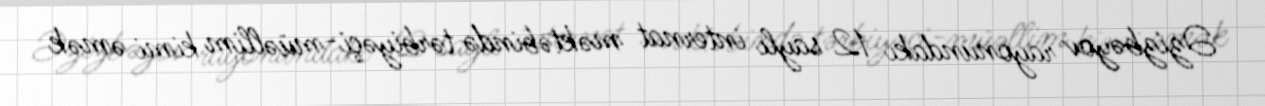
Əzizbəyov rayonundakı 12 saylı internat məktəbində tərbiyəçi-müəllim kimi əmək